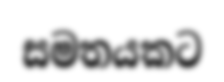
සමතයකට